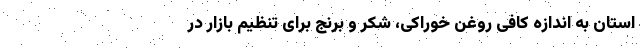
استان به اندازه کافی روغن خوراکی،‌ شکر و برنج برای تنظیم بازار در